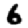
Digit: 6